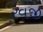
રવજી